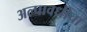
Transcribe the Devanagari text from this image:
अल्पावधीचा